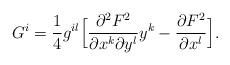
LaTeX: \begin{align*}G^i=\frac{1}{4}g^{il}\Big[\frac{\partial^2F^2}{\partial x^k \partial y^l}y^k-\frac{\partial F^2}{\partial x^l}\Big].\end{align*}